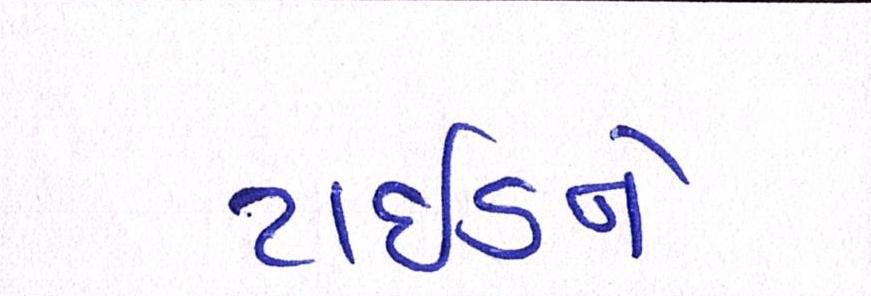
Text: ટાઈડને